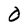
Character: O